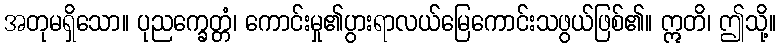
အတုမရှိသော။ ပုညက္ခေတ္တံ၊ ကောင်းမှု၏ပွားရာလယ်မြေကောင်းသဖွယ်ဖြစ်၏။ ဣတိ၊ ဤသို့။